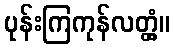
ပုန်းကြကုန်လတ္တံ့။